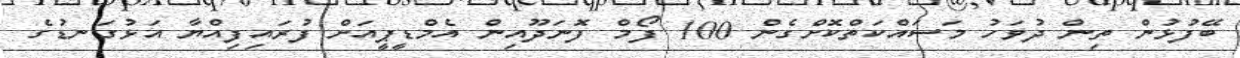
ބޭފުޅުން ތިން ދުވަހު މަސައްކަތްކޮށްގެން 100 ފޯމް ފޮނަދޫއިން އެމްޑީޕީއަށް ފުރައިފިއްޔާ އަޅުގަނޑުގެ